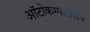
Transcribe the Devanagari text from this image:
ऑटोकम्पलीशन